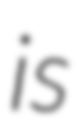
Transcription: is